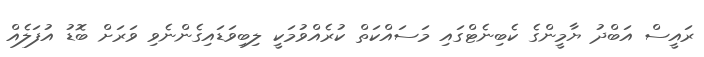
ރައީސް އަބްދު ޔާމީންގެ ކެބިނެޓްގައި މަސައްކަތް ކުރެއްވުމަކީ ލިބިވަޑައިގެންނެވި ވަރަށް ބޮޑު އުފަލެއް